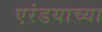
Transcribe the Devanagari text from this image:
एरंडयाच्या